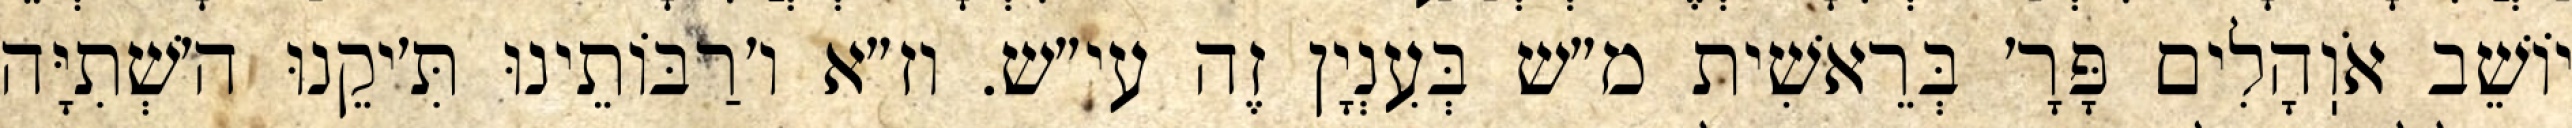
יוֹשֵׁב אֹוֽהָלִים פָּרָ׳ בְּרֵאשִׁית מ״ש בְּעִנְיָן זֶה עי״ש. וז״א ו׳רַבּוֹתֵינוּ תִּ׳יקֵנוּ ה׳שְׁתִיָּה